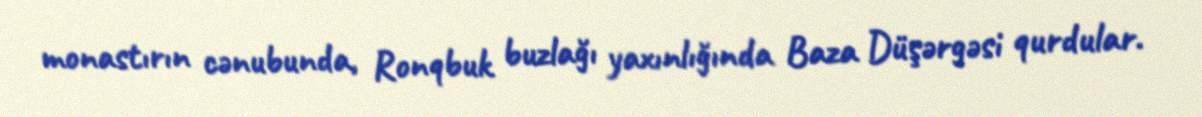
monastırın cənubunda, Ronqbuk buzlağı yaxınlığında Baza Düşərgəsi qurdular.